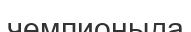
чемпионыда